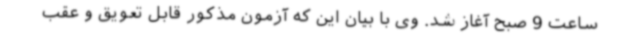
ساعت 9 صبح آغاز شد. وی با بیان این که آزمون مذکور قابل تعویق و عقب